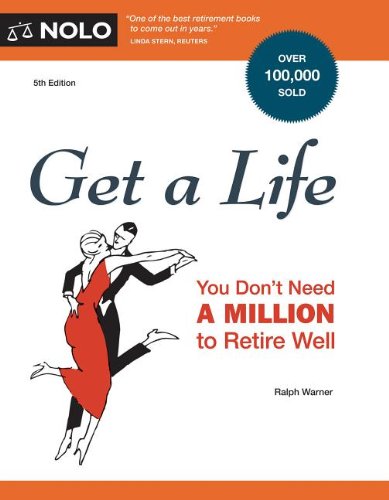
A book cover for Get a Life: You Don't Need a Million to Retire Well; Ralph Warner; Politics & Social Sciences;